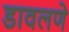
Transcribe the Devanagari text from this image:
डावलणे